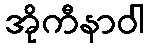
အိုကီနာဝါ